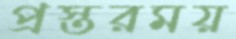
প্রস্তরময়